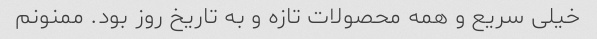
خیلی سریع و همه محصولات تازه و به تاریخ روز بود. ممنونم